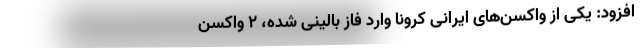
افزود: یکی از واکسن‌های ایرانی کرونا وارد فاز بالینی شده، ۲ واکسن